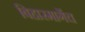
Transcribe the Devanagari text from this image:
बिहारमार्गेच